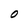
Character: O